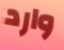
وارد